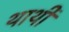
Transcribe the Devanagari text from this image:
थाथी